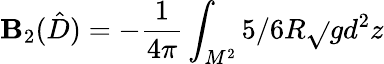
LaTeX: \mathbf{B}_{2}(\hat{{D}})=-{\frac{{1}}{{4\pi}}}\int_{M^{2}}^{}5/6R\sqrt{}{{g}}d^{2}z